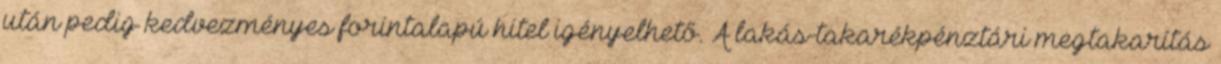
után pedig kedvezményes forintalapú hitel igényelhető. A lakás-takarékpénztári megtakarítás